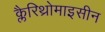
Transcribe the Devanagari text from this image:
क्लैरिथ्रोमाइसीन